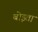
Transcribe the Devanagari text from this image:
बोइता